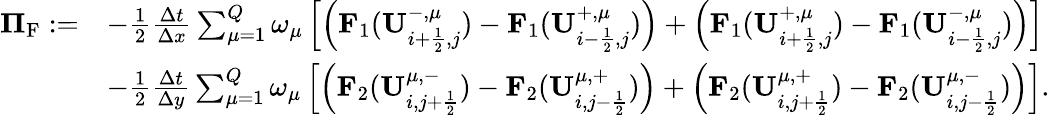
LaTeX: \begin{array}{rl}{{\mathbf\Pi}_{\mathrm{{{F}}}}:=}&{-\frac{1}{2}\frac{\Delta t}{\Delta x}\sum_{\mu=1}^{Q}\omega_{\mu}\left[\left(\mathbf{F}_{1}(\mathbf{U}_{i+\frac{1}{2},j}^{-,\mu})-\mathbf{F}_{1}(\mathbf{U}_{i-\frac{1}{2},j}^{+,\mu})\right)+\left(\mathbf{F}_{1}(\mathbf{U}_{i+\frac{1}{2},j}^{+,\mu})-\mathbf{F}_{1}(\mathbf{U}_{i-\frac{1}{2},j}^{-,\mu})\right)\right]}\\ &{-\frac{1}{2}\frac{\Delta t}{\Delta y}\sum_{\mu=1}^{Q}\omega_{\mu}\left[\left(\mathbf{F}_{2}(\mathbf{U}_{i,j+\frac{1}{2}}^{\mu,-})-\mathbf{F}_{2}(\mathbf{U}_{i,j-\frac{1}{2}}^{\mu,+})\right)+\left(\mathbf{F}_{2}(\mathbf{U}_{i,j+\frac{1}{2}}^{\mu,+})-\mathbf{F}_{2}(\mathbf{U}_{i,j-\frac{1}{2}}^{\mu,-})\right)\right].}\end{array}